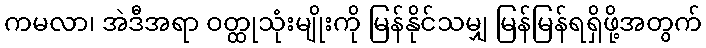
ကမလာ၊ အဲဒီအရာ ဝတ္ထုသုံးမျိုးကို မြန်နိုင်သမျှ မြန်မြန်ရရှိဖို့အတွက်